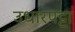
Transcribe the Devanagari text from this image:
उधारपट्टा